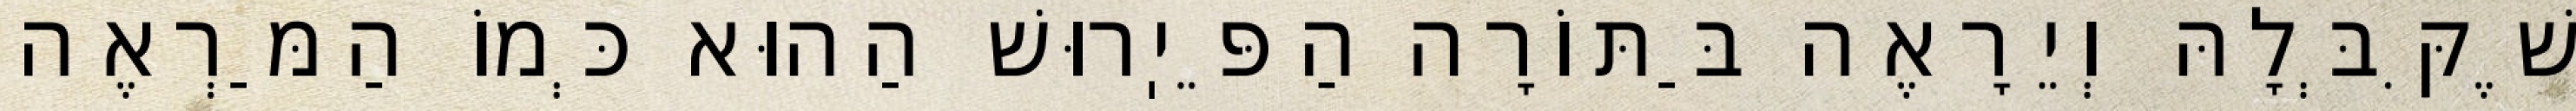
שֶׁקִּבְּלָהּ וְיֵרָאֶה בַּתּוֹרָה הַפֵּיֽרוּשׁ הַהוּא כְּמוֹ הַמַּרְאֶה